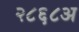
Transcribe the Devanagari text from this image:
२८६८अ